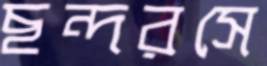
ছন্দরসে